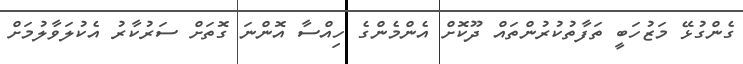
ގެންގުޅޭ މަޒުހަބީ ތަފާތުކުރުންތައް ދޫކޮށް އެންމެންގެ ހިއްސާ އޮންނަ ގޮތަށް ސަރުކާރު އެކުލަވާލުމަށް